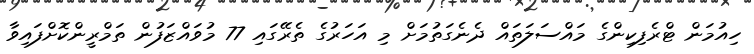
ހިއުމަން ޓްރެފިކިންގެ މައްސަލަތައް ދެނެގަތުމަށް މި އަހަރުގެ ތެރޭގައި 77 މުވައްޒަފުން ތަމްރީންކޮށްފައިވާ